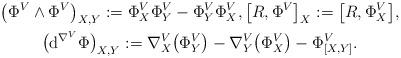
LaTeX: \begin{gather*} \big(\Phi^V\wedge\Phi^V\big)_{X,Y}:=\Phi_X^V\Phi_Y^V-\Phi_Y^V\Phi_X^V,\big[R,\Phi^V\big]_X:=\big[R,\Phi_X^V\big], \\ \big({\rm d}^{\nabla^V}\Phi\big)_{X,Y}:=\nabla_X^V\big(\Phi_Y^V\big)-\nabla^V_{Y}\big(\Phi_X^V\big)-\Phi_{[X,Y]}^V. \end{gather*}